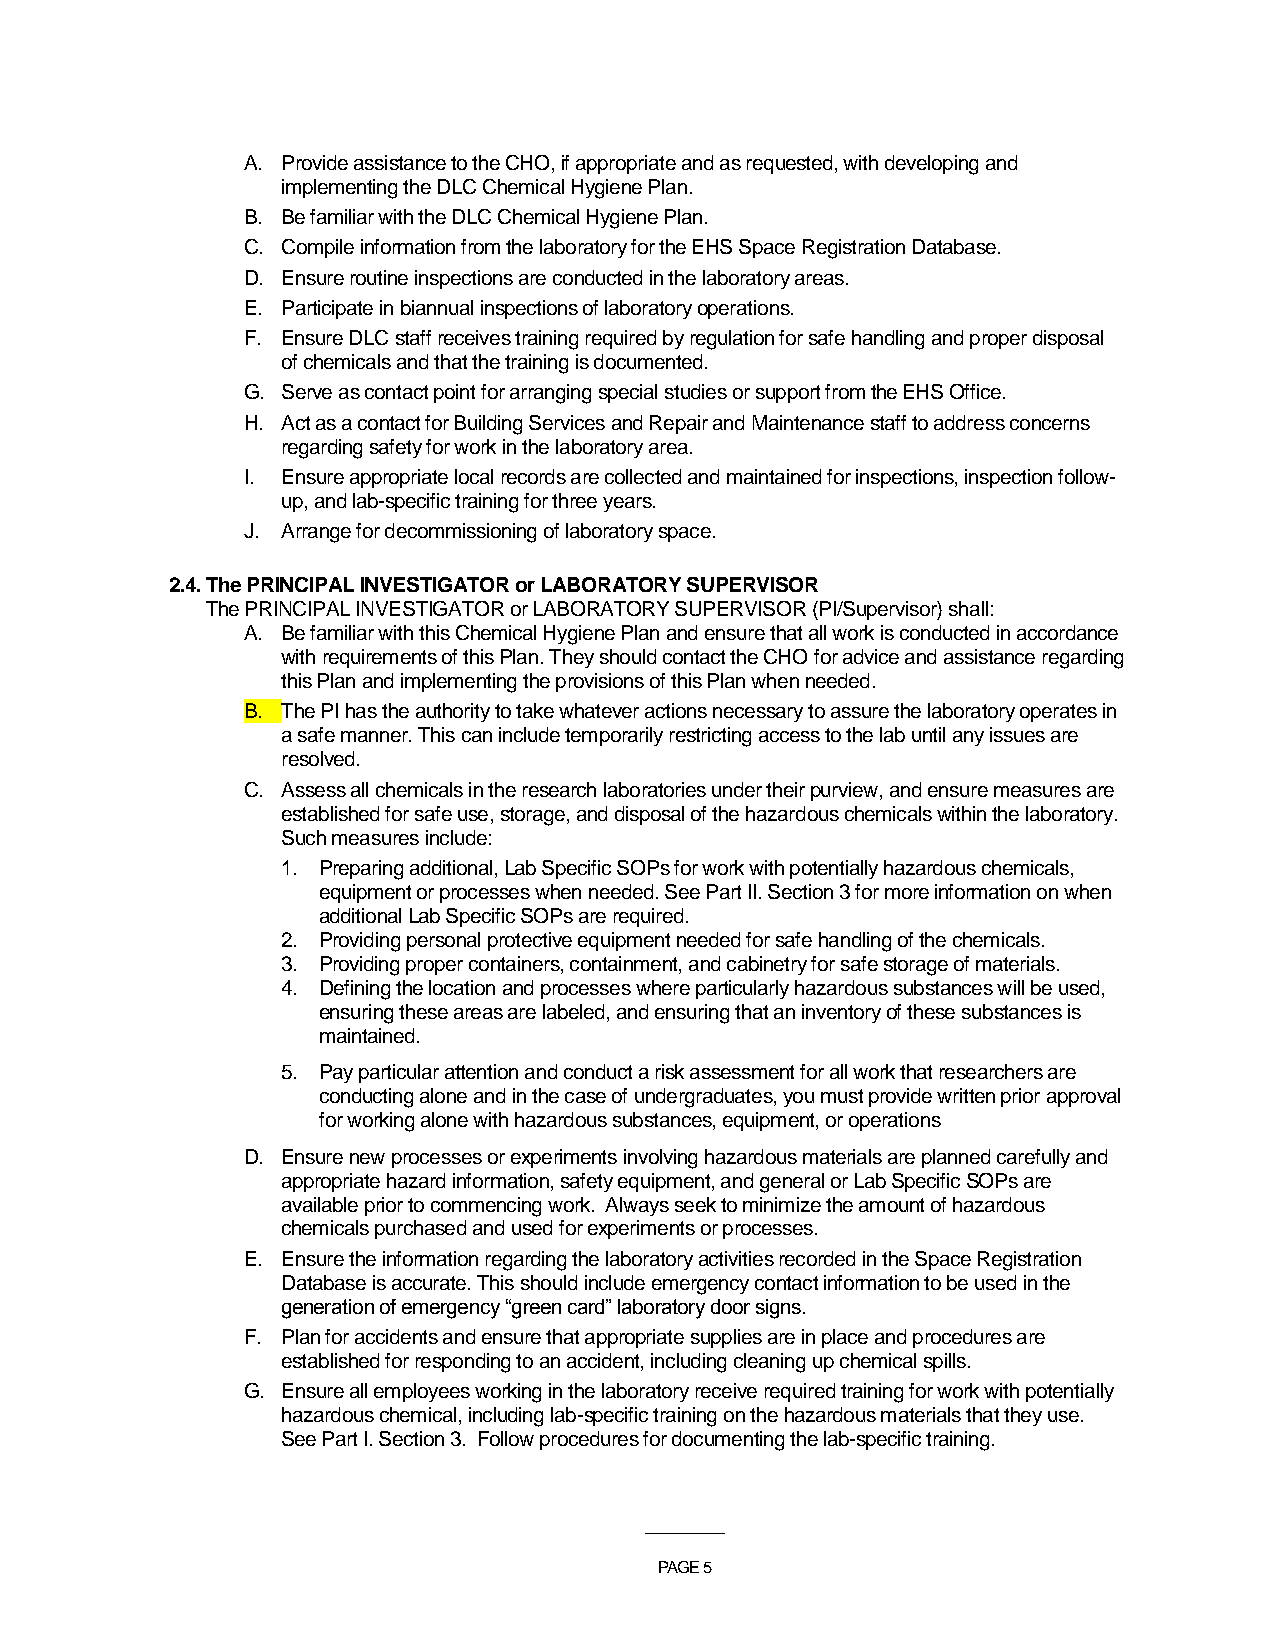
A. Provide assistance to the CHO, if appropriate and as requested, with developing and
 implementing the DLC Chemical Hygiene Plan.
 B. Be familiar with the DLC Chemical Hygiene Plan.
 C. Compile information from the laboratory for the EHS Space Registration Database.
 D. Ensure routine inspections are conducted in the laboratory areas.
 E. Participate in biannual inspections of laboratory operations.
 F. Ensure DLC staff receives training required by regulation for safe handling and proper disposal
 of chemicals and that the training is documented.
 G. Serve as contact point for arranging special studies or support from the EHS Office.
 H. Act as a contact for Building Services and Repair and Maintenance staff to address concerns
 regarding safety for work in the laboratory area.
 I. Ensure appropriate local records are collected and maintained for inspections, inspection follow-
 up, and lab-specific training for three years.
 J. Arrange for decommissioning of laboratory space.
 2.4. The PRINCIPAL INVESTIGATOR or LABORATORY SUPERVISOR
 The PRINCIPAL INVESTIGATOR or LABORATORY SUPERVISOR (PI/Supervisor) shall:
 A. Be familiar with this Chemical Hygiene Plan and ensure that all work is conducted in accordance
 with requirements of this Plan. They should contact the CHO for advice and assistance regarding
 this Plan and implementing the provisions of this Plan when needed.
 B. The PI has the authority to take whatever actions necessary to assure the laboratory operates in
 a safe manner. This can include temporarily restricting access to the lab until any issues are
 resolved.
 C. Assess all chemicals in the research laboratories under their purview, and ensure measures are
 established for safe use, storage, and disposal of the hazardous chemicals within the laboratory.
 Such measures include:
 1. Preparing additional, Lab Specific SOPs for work with potentially hazardous chemicals,
 equipment or processes when needed. See Part II. Section 3 for more information on when
 additional Lab Specific SOPs are required.
 2. Providing personal protective equipment needed for safe handling of the chemicals.
 3. Providing proper containers, containment, and cabinetry for safe storage of materials.
 4. Defining the location and processes where particularly hazardous substances will be used,
 ensuring these areas are labeled, and ensuring that an inventory of these substances is
 maintained.
 5. Pay particular attention and conduct a risk assessment for all work that researchers are
 conducting alone and in the case of undergraduates, you must provide written prior approval
 for working alone with hazardous substances, equipment, or operations
 D. Ensure new processes or experiments involving hazardous materials are planned carefully and
 appropriate hazard information, safety equipment, and general or Lab Specific SOPs are
 available prior to commencing work. Always seek to minimize the amount of hazardous
 chemicals purchased and used for experiments or processes.
 E. Ensure the information regarding the laboratory activities recorded in the Space Registration
 Database is accurate. This should include emergency contact information to be used in the
 generation of emergency “green card” laboratory door signs.
 F. Plan for accidents and ensure that appropriate supplies are in place and procedures are
 established for responding to an accident, including cleaning up chemical spills.
 G. Ensure all employees working in the laboratory receive required training for work with potentially
 hazardous chemical, including lab-specific training on the hazardous materials that they use.
 See Part I. Section 3. Follow procedures for documenting the lab-specific training.
 ___________
 PAGE 5